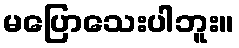
မပြောသေးပါဘူး။